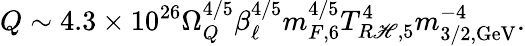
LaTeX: Q\sim4.3\times10^{26}\Omega_{Q}^{4/5}\beta_{\ell}^{4/5}m_{F,6}^{4/5}T_{R\mathscr{H},5}^{4}m_{3/2,\mathrm{{GeV}}}^{-4}.